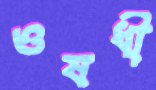
ওষধী